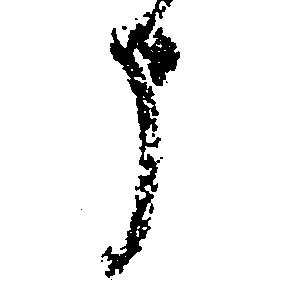
う